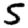
Digit: 5